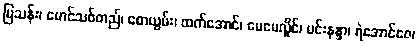
မြသန်း၊ မောင်သစ်တည်၊ စောယွမ်း၊ ထက်အောင်၊ မေမေလှိုင်၊ မင်းနန္ဒာ၊ ရဲအောင်ဇေ၊